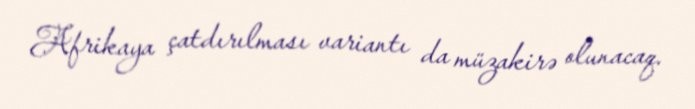
Afrikaya çatdırılması variantı da müzakirə olunacaq.